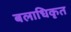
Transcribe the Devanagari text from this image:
बलाधिकृत